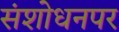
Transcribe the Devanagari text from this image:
संशाेधनपर